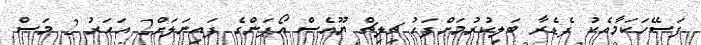
ފަސޭހަކަމާއެކު ފެޑެރާ ބަލިކުރުމަށްފަހު ޗިލިޗް ޔޫއެސް އޯޕަންގެ ފައިނަލަށް2 އަހަރު 2 މަސް